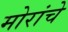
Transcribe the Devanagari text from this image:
मोरांचे